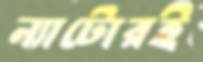
ন্যাটোরই